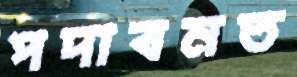
পদাবনত